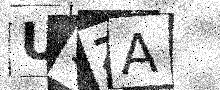
Text: USZA